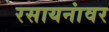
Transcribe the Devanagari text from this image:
रसायनांवर